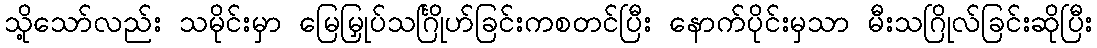
သို့သော်လည်း သမိုင်းမှာ မြေမြှုပ်သင်္ဂြိုဟ်ခြင်းကစတင်ပြီး နောက်ပိုင်းမှသာ မီးသဂြိုလ်ခြင်းဆိုပြီး